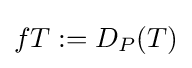
fT:=D_{P}(T)